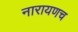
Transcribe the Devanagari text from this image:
नारायणच